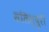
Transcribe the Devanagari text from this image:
सलिस्बुरी